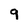
Character: 9